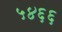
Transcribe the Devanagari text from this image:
५४६६